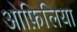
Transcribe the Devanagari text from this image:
ओफ़िलिया